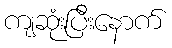
ကျဆုံးပြီးနောက်